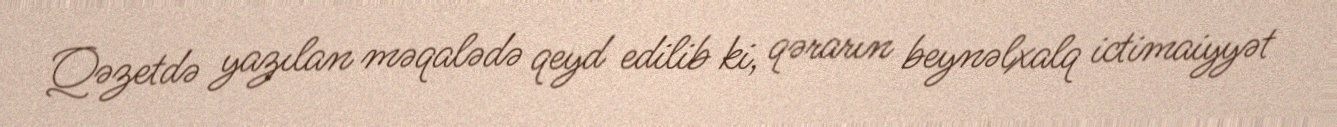
Qəzetdə yazılan məqalədə qeyd edilib ki, qərarın beynəlxalq ictimaiyyət